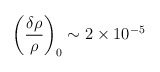
\begin{align*}\left(\frac{\delta \rho}{\rho}\right)_0 \sim 2 \times 10^{-5}\end{align*}